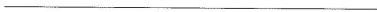
___